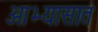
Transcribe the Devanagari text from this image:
आभ्यासात